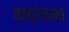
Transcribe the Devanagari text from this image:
कांब्रेनामा